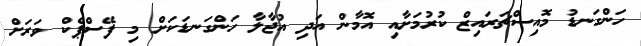
ހަންގަނޑު މޮއިސްޗަރައިޒް ކުރުމަށާއި އޮމާން އަދި އުޖާލާ ހަންގަނޑަކަށް މި ފޭސްޕެކް ވަރަށް